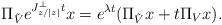
LaTeX: \begin{align*} \Pi_{\tilde{V}} e^{J_{z/|z|}^\perp t} x = e^{\lambda t}(\Pi_{\tilde{V}}x + t\Pi_{V} x).\end{align*}